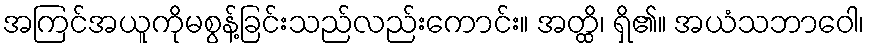
အကြင်အယူကိုမစွန့်ခြင်းသည်လည်းကောင်း။ အတ္ထိ၊ ရှိ၏။ အယံသဘာဝေါ၊